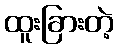
ထူးခြားတဲ့